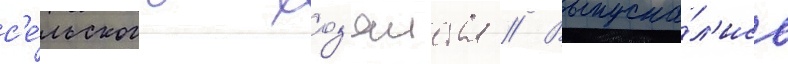
с'е́льского хоз'яиства // Выпуска́л'ись